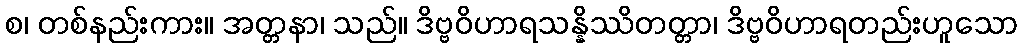
စ၊ တစ်နည်းကား။ အတ္တနာ၊ သည်။ ဒိဗ္ဗဝိဟာရသန္နိဿိတတ္တာ၊ ဒိဗ္ဗဝိဟာရတည်းဟူသော